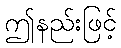
ဤနည်းဖြင့်